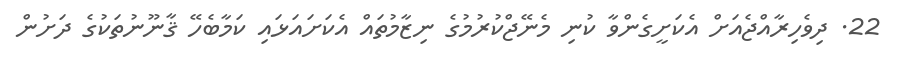
22. ދިވެހިރާއްޖެއަށް އެކަށީގެންވާ ކުނި މެނޭޖްކުރުމުގެ ނިޒާމުތައް އެކަށައަޅައި ކަމާބެހޭ ޤާނޫނުތަކުގެ ދަށުން